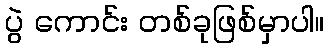
ပွဲ ကောင်း တစ်ခုဖြစ်မှာပါ။